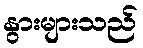
နွားများသည်